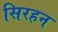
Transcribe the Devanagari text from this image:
सिरहन